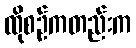
ထိုစဉ်ကတည်းက